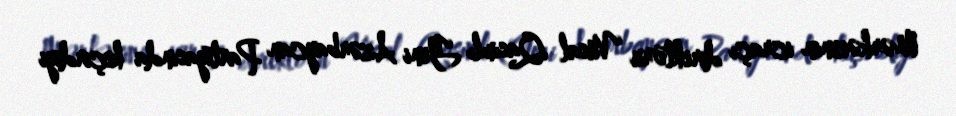
Mərkəzinin icraçı direktoru Vüsal Qasımlı Yeni Azərbaycan Partiyasında keçirdiyi